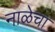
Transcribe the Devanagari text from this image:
नाळेचा